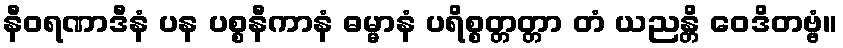
နီဝရဏာဒီနံ ပန ပစ္စနီကာနံ ဓမ္မာနံ ပရိစ္စတ္တတ္တာ တံ ယညန္တိ ဝေဒိတဗ္ဗံ။